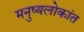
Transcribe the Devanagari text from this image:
मनुष्यलोकांत